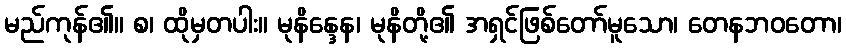
မည်ကုန်၏။ စ၊ ထိုမှတပါး။ မုနိန္ဒေန၊ မုနိတို့၏ အရှင်ဖြစ်တော်မူသော၊ တေနဘဝတော၊